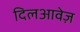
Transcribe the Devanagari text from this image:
दिलआवेज़